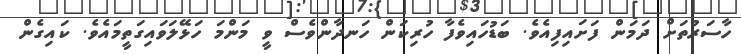
ހާސަރުތަށް ދަމަން ފަށައިފިއެވެ. ބަޑުހައިވެފާ ހުރިކަން ހަނދާންވެސް ވީ މަންމަ ހަޅޭލަވައިގަތީމައެވެ. ކައިގެން